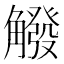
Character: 䚨